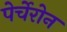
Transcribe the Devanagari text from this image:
पेर्चेरोन